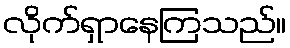
လိုက်ရှာနေကြသည်။